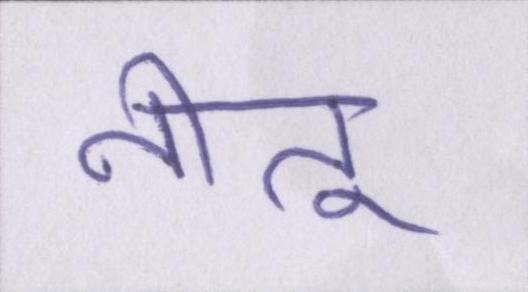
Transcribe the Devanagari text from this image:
नीतू